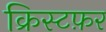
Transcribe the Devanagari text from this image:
क्रिस्टफ़र